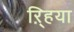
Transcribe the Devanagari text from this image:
ऱ्हिया